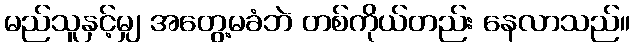
မည်သူနှင့်မျှ အတွေ့မခံဘဲ တစ်ကိုယ်တည်း နေလာသည်။